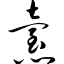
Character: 怠